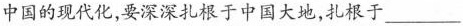
中国的现代化，要深深扎根于中国大地，扎根于___